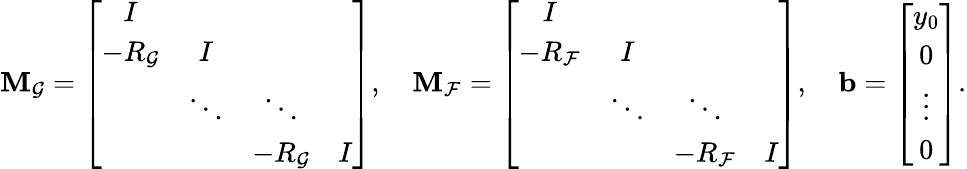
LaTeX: \begin{array}{r}{\mathbf{M}_{\mathcal{G}}=\left[\begin{array}{cccc}{I}\\ {-R_{\mathcal{G}}}&{I}\\ &{\ddots}&{\ddots}\\ &&{-R_{\mathcal{G}}}&{I}\end{array}\right],\quad\mathbf{M}_{\mathcal{F}}=\left[\begin{array}{cccc}{I}\\ {-R_{\mathcal{F}}}&{I}\\ &{\ddots}&{\ddots}\\ &&{-R_{\mathcal{F}}}&{I}\end{array}\right],\quad\mathbf{b}=\left[\begin{array}{c}{y_{0}}\\ {0}\\ {\vdots}\\ {0}\end{array}\right].}\end{array}